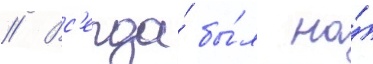
// Вс'егда́ бы́л на́